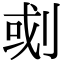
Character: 𠜻